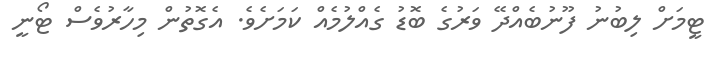
ޓީމަށް ލިބުނު ފޫނުބެއްދޭ ވަރުގެ ބޮޑު ގެއްލުމެއް ކަމަށެވެ. އެގޮތުން މިހާރުވެސް ޓޯނީ